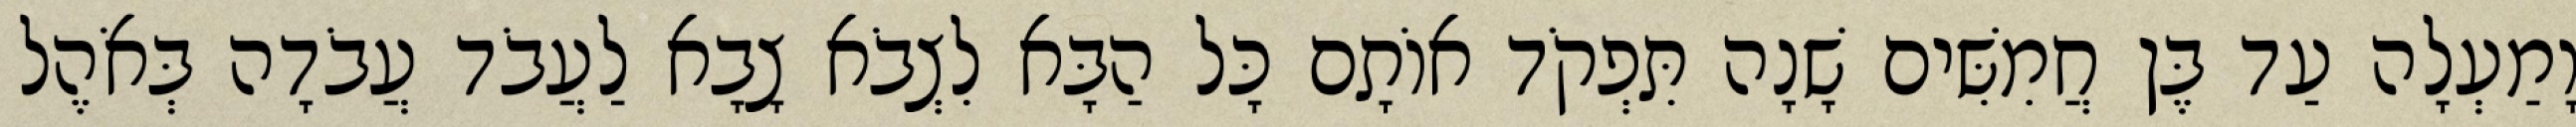
וָמַעְלָה עַד בֶּן חֲמִשִּׁים שָׁנָה תִּפְקֹד אוֹתָם כָּל הַבָּא לִצְבֹא צָבָא לַעֲבֹד עֲבֹדָה בְּאֹהֶל